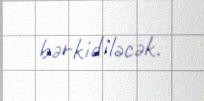
bərkidiləcək.